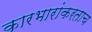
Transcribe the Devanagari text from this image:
कारभारांकरताच